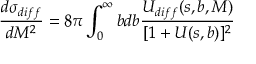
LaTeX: \frac { d \sigma _ { d i f f } } { d M ^ { 2 } } = 8 \pi \int _ { 0 } ^ { \infty } b d b \frac { U _ { d i f f } ( s , b , M ) } { [ 1 + U ( s , b ) ] ^ { 2 } }